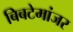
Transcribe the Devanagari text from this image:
बिबटेमांजर